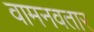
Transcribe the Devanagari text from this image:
वामनवतार